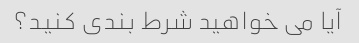
آیا می خواهید شرط بندی کنید؟